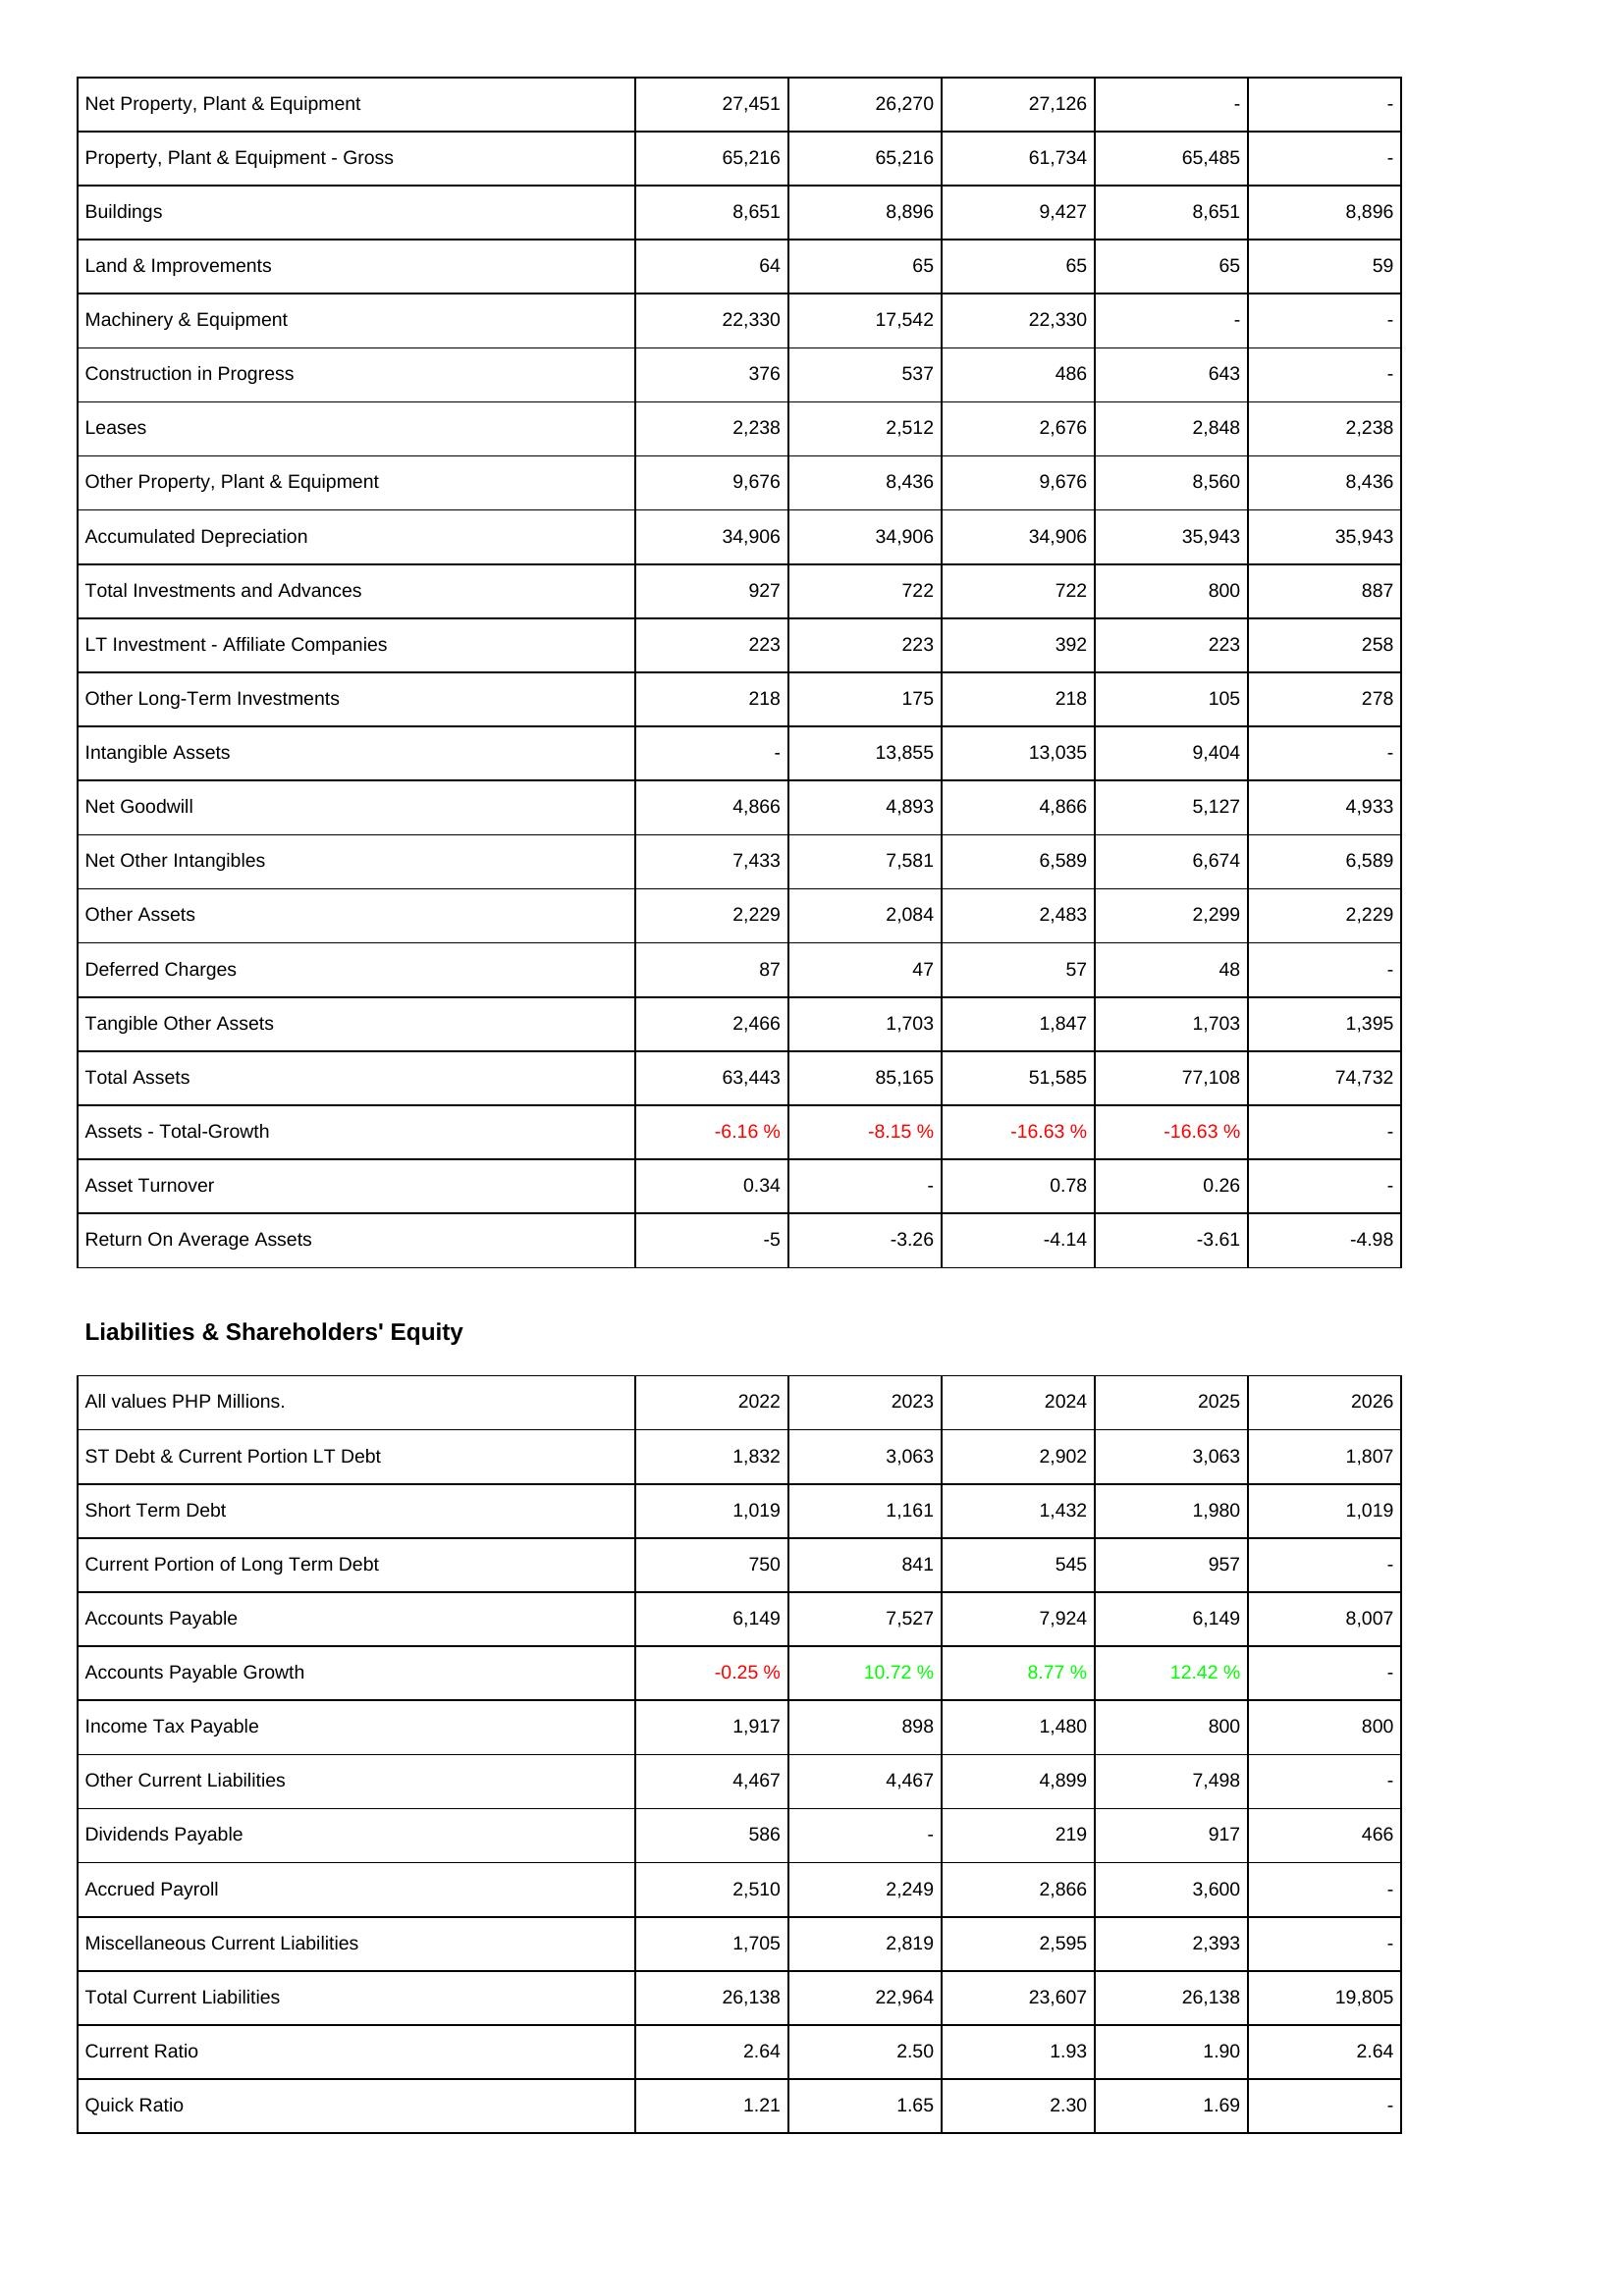
2022: Assets: Net Property, Plant & Equipment: 27,451
Property, Plant & Equipment - Gross: 65,216
Buildings: 8,651
Land & Improvements: 64
Machinery & Equipment: 22,330
Construction in Progress: 376
Leases: 2,238
Other Property, Plant & Equipment: 9,676
Accumulated Depreciation: 34,906
Total Investments and Advances: 927
LT Investment - Affiliate Companies: 223
Other Long-Term Investments: 218
Intangible Assets: -
Net Goodwill: 4,866
Net Other Intangibles: 7,433
Other Assets: 2,229
Deferred Charges: 87
Tangible Other Assets: 2,466
Total Assets: 63,443
Assets - Total-Growth: -6.16 %
Asset Turnover: 0.34
Return On Average Assets: -5
Liabilities & Shareholders' Equity: ST Debt & Current Portion LT Debt: 1,832
Short Term Debt: 1,019
Current Portion of Long Term Debt: 750
Accounts Payable: 6,149
Accounts Payable Growth: -0.25 %
Income Tax Payable: 1,917
Other Current Liabilities: 4,467
Dividends Payable: 586
Accrued Payroll: 2,510
Miscellaneous Current Liabilities: 1,705
Total Current Liabilities: 26,138
Current Ratio: 2.64
Quick Ratio: 1.21
2023: Assets: Net Property, Plant & Equipment: 26,270
Property, Plant & Equipment - Gross: 65,216
Buildings: 8,896
Land & Improvements: 65
Machinery & Equipment: 17,542
Construction in Progress: 537
Leases: 2,512
Other Property, Plant & Equipment: 8,436
Accumulated Depreciation: 34,906
Total Investments and Advances: 722
LT Investment - Affiliate Companies: 223
Other Long-Term Investments: 175
Intangible Assets: 13,855
Net Goodwill: 4,893
Net Other Intangibles: 7,581
Other Assets: 2,084
Deferred Charges: 47
Tangible Other Assets: 1,703
Total Assets: 85,165
Assets - Total-Growth: -8.15 %
Asset Turnover: -
Return On Average Assets: -3.26
Liabilities & Shareholders' Equity: ST Debt & Current Portion LT Debt: 3,063
Short Term Debt: 1,161
Current Portion of Long Term Debt: 841
Accounts Payable: 7,527
Accounts Payable Growth: 10.72 %
Income Tax Payable: 898
Other Current Liabilities: 4,467
Dividends Payable: -
Accrued Payroll: 2,249
Miscellaneous Current Liabilities: 2,819
Total Current Liabilities: 22,964
Current Ratio: 2.50
Quick Ratio: 1.65
2024: Assets: Net Property, Plant & Equipment: 27,126
Property, Plant & Equipment - Gross: 61,734
Buildings: 9,427
Land & Improvements: 65
Machinery & Equipment: 22,330
Construction in Progress: 486
Leases: 2,676
Other Property, Plant & Equipment: 9,676
Accumulated Depreciation: 34,906
Total Investments and Advances: 722
LT Investment - Affiliate Companies: 392
Other Long-Term Investments: 218
Intangible Assets: 13,035
Net Goodwill: 4,866
Net Other Intangibles: 6,589
Other Assets: 2,483
Deferred Charges: 57
Tangible Other Assets: 1,847
Total Assets: 51,585
Assets - Total-Growth: -16.63 %
Asset Turnover: 0.78
Return On Average Assets: -4.14
Liabilities & Shareholders' Equity: ST Debt & Current Portion LT Debt: 2,902
Short Term Debt: 1,432
Current Portion of Long Term Debt: 545
Accounts Payable: 7,924
Accounts Payable Growth: 8.77 %
Income Tax Payable: 1,480
Other Current Liabilities: 4,899
Dividends Payable: 219
Accrued Payroll: 2,866
Miscellaneous Current Liabilities: 2,595
Total Current Liabilities: 23,607
Current Ratio: 1.93
Quick Ratio: 2.30
2025: Assets: Net Property, Plant & Equipment: -
Property, Plant & Equipment - Gross: 65,485
Buildings: 8,651
Land & Improvements: 65
Machinery & Equipment: -
Construction in Progress: 643
Leases: 2,848
Other Property, Plant & Equipment: 8,560
Accumulated Depreciation: 35,943
Total Investments and Advances: 800
LT Investment - Affiliate Companies: 223
Other Long-Term Investments: 105
Intangible Assets: 9,404
Net Goodwill: 5,127
Net Other Intangibles: 6,674
Other Assets: 2,299
Deferred Charges: 48
Tangible Other Assets: 1,703
Total Assets: 77,108
Assets - Total-Growth: -16.63 %
Asset Turnover: 0.26
Return On Average Assets: -3.61
Liabilities & Shareholders' Equity: ST Debt & Current Portion LT Debt: 3,063
Short Term Debt: 1,980
Current Portion of Long Term Debt: 957
Accounts Payable: 6,149
Accounts Payable Growth: 12.42 %
Income Tax Payable: 800
Other Current Liabilities: 7,498
Dividends Payable: 917
Accrued Payroll: 3,600
Miscellaneous Current Liabilities: 2,393
Total Current Liabilities: 26,138
Current Ratio: 1.90
Quick Ratio: 1.69
2026: Assets: Net Property, Plant & Equipment: -
Property, Plant & Equipment - Gross: -
Buildings: 8,896
Land & Improvements: 59
Machinery & Equipment: -
Construction in Progress: -
Leases: 2,238
Other Property, Plant & Equipment: 8,436
Accumulated Depreciation: 35,943
Total Investments and Advances: 887
LT Investment - Affiliate Companies: 258
Other Long-Term Investments: 278
Intangible Assets: -
Net Goodwill: 4,933
Net Other Intangibles: 6,589
Other Assets: 2,229
Deferred Charges: -
Tangible Other Assets: 1,395
Total Assets: 74,732
Assets - Total-Growth: -
Asset Turnover: -
Return On Average Assets: -4.98
Liabilities & Shareholders' Equity: ST Debt & Current Portion LT Debt: 1,807
Short Term Debt: 1,019
Current Portion of Long Term Debt: -
Accounts Payable: 8,007
Accounts Payable Growth: -
Income Tax Payable: 800
Other Current Liabilities: -
Dividends Payable: 466
Accrued Payroll: -
Miscellaneous Current Liabilities: -
Total Current Liabilities: 19,805
Current Ratio: 2.64
Quick Ratio: -